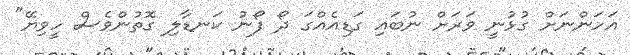
އަހަންނަށް ގުޅުނީ ވަރަށް ނުބައި ގަޑިއެއްގަ ދޯ ފޯނު ކަނޑާލި ގޮތުންވެސް ހީވިޔޭ"